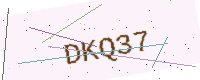
Text: DKQ37